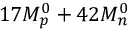
1 7 M _ { p } ^ { 0 } + 4 2 M _ { n } ^ { 0 }